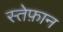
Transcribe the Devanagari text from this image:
स्तेफ़ान